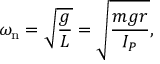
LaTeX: \omega _ { \mathrm { n } } = { \sqrt { \frac { g } { L } } } = { \sqrt { \frac { m g r } { I _ { P } } } } ,